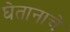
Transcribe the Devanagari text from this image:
घेतानाचे